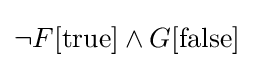
\lnot F[{\text{true}}]\land G[{\text{false}}]